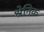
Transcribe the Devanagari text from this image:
श्रेनिक